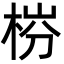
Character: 梤